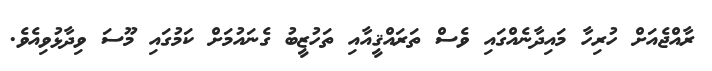
ރާއްޖެއަށް ހުރިހާ މައިދާނެއްގައި ވެސް ތަރައްޤީއާއި ތަހުޒީބު ގެނައުމަށް ކަމުގައި މޫސަ ވިދާޅުވިއެވެ.